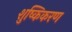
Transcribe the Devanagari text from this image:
शुष्किकरण